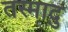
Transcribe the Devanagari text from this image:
तस्मादु